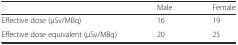
<table><thead><tr><td></td><td><b>Male</b></td><td><b>Female</b></td></tr></thead><tbody><tr><td>Effective dose (μSv/MBq)</td><td>16</td><td>19</td></tr><tr><td>Effective dose equivalent (μSv/MBq)</td><td>20</td><td>25</td></tr></tbody></table>